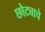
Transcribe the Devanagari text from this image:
छोट्याचे